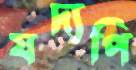
যদ্যপি